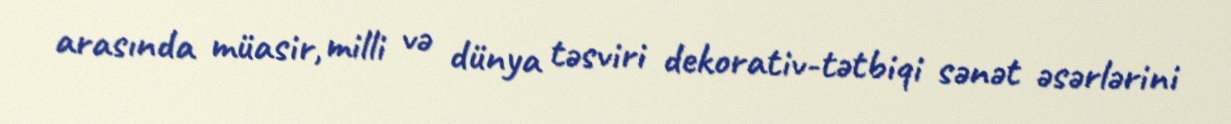
arasında müasir, milli və dünya təsviri dekorativ-tətbiqi sənət əsərlərini